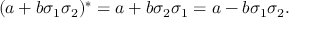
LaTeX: ( a + b \sigma _ { 1 } \sigma _ { 2 } ) ^ { * } = a + b \sigma _ { 2 } \sigma _ { 1 } = a - b \sigma _ { 1 } \sigma _ { 2 } .